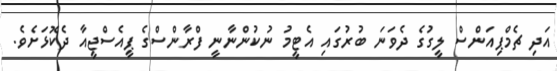
އަދި ޗެމްޕިއަންސް ލީގުގެ ދެވަނަ ބުރުގައި އެޓީމު ނުކުންނާނީ ފްރާންސްގެ ޕީއެސްޖީއާ ދެކޮޅަށެވެ.